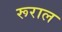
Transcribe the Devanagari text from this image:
रूराल